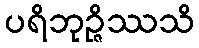
ပရိဘုဉ္ဇိဿသိ